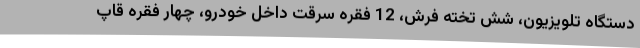
دستگاه تلویزیون، شش تخته فرش، 12 فقره سرقت داخل خودرو، چهار فقره قاپ